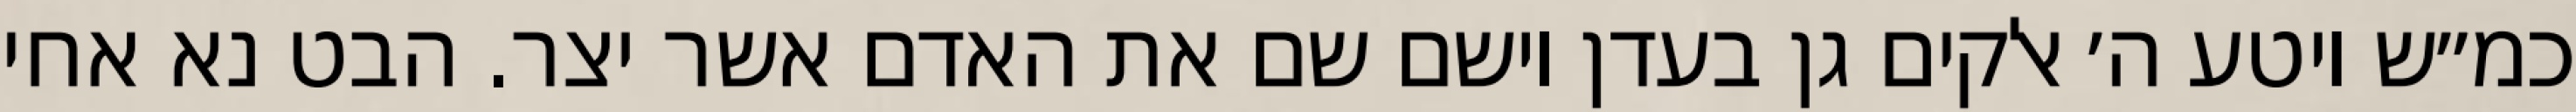
כמ״ש ויטע ה׳ אלקים גן בעדן וישם שם את האדם אשר יצר. הבט נא אחי